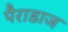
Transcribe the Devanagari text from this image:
पैराडाज